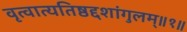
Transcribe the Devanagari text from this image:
वृत्वात्यतिष्ठद्दशांगुलम्॥१॥